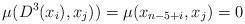
LaTeX: \begin{align*}\mu(D^3(x_i), x_{j})) = \mu(x_{n-5+i},x_{j}) = 0\end{align*}